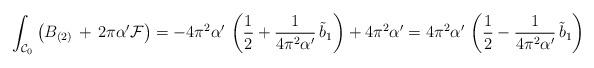
LaTeX: \begin{align*}\int_{{\cal C}_0} \left(B_{(2)} \,+\, 2 \pi \alpha' {\cal F}\right) =- 4 \pi^2 \alpha'\,\left(\frac{1}{2} + \frac{1}{4 \pi^2\alpha'}\,\tilde{b}_1 \right) + 4 \pi^2 \alpha' = 4 \pi^2 \alpha'\,\left(\frac{1}{2} - \frac{1}{4 \pi^2\alpha'} \, \tilde{b}_1 \right)\end{align*}